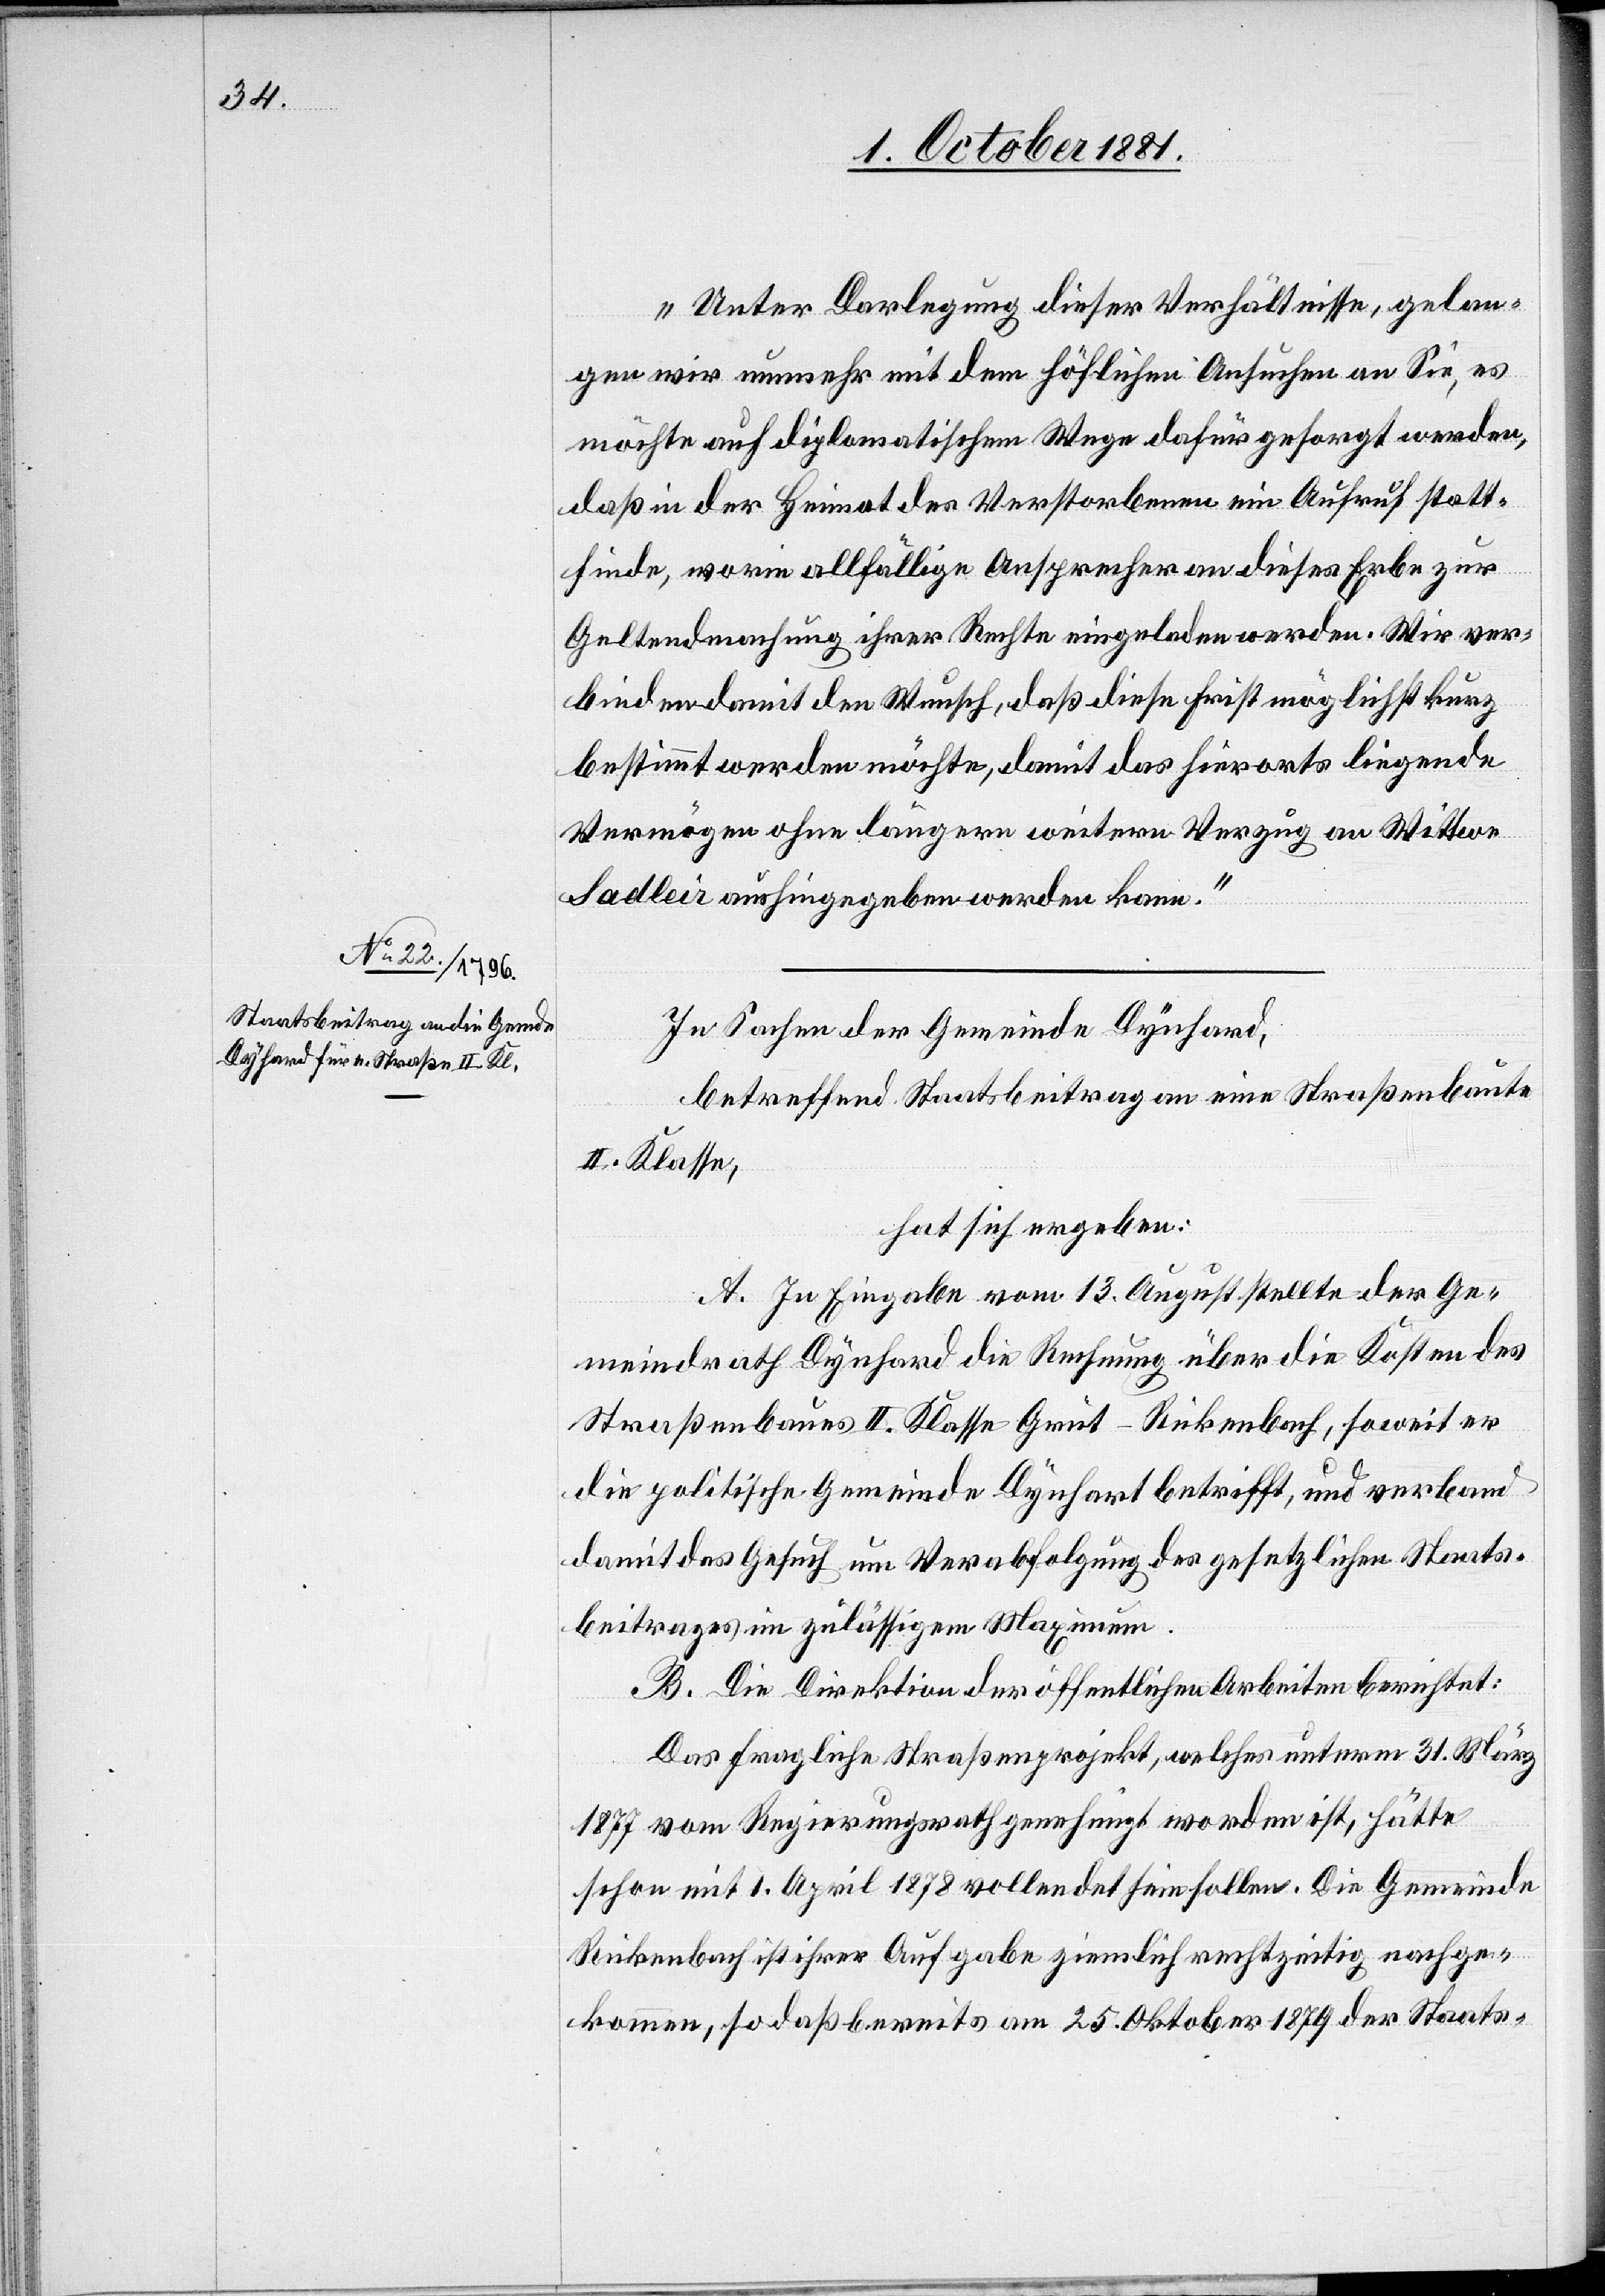
„Unter Darlegung dieser Verhältnisse, gelan¬
gen wir nunmehr mit dem höflichen Ansuchen an Sie, es
möchte auf diplomatischem Wege dafür gesorgt werden,
daß in der Heimat des Verstorbenen ein Aufruf statt¬
finde, worin allfällige Ansprecher an dieses Erbe zur
Geltendmachung ihrer Rechte eingeladen werden. Wir ver¬
binden damit den Wunsch, daß diese Frist möglichst kurz
bestimmt werden möchte, damit das hierorts liegende
Vermögen ohne längern weitern Verzug an Wittwe
Sadleir aushingegeben werden kann.“
In Sachen der Gemeinde Dynhard,
betreffend Staatsbeitrag an eine Straßenbaute
II. Klasse,
hat sich ergeben:
A. In Eingabe vom 13. August stellte der Ge¬
meindrath Dynhard die Rechnung über die Kosten des
Straßenbaues II. Klasse Grüt–Rickenbach, soweit er
die politische Gemeinde Dynhart [sic!] betrifft, und verband
damit das Gesuch um Verabfolgung des gesetzlichen Staats¬
beitrages im zulässigem [sic!]
B. Die Direktion der öffentlichen Arbeiten berichtet:
Das fragliche Straßenprojekt, welches unterm 31. März
1877 vom Regierungsrath genehmigt worden ist, hätte
schon mit 1. April 1878 vollendet sein sollen. Die Gemeinde
Rickenbach ist ihrer Aufgabe ziemlich rechtzeitig nachge¬
kommen, sodaß bereits am 25. Oktober 1879 der Staats-